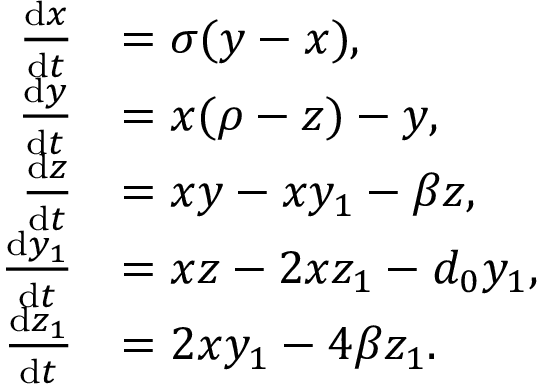
{ \begin{array} { r l } { { \frac { \mathrm { d } x } { \mathrm { d } t } } } & { = \sigma ( y - x ) , } \\ { { \frac { \mathrm { d } y } { \mathrm { d } t } } } & { = x ( \rho - z ) - y , } \\ { { \frac { \mathrm { d } z } { \mathrm { d } t } } } & { = x y - x y _ { 1 } - \beta z , } \\ { { \frac { \mathrm { d } y _ { 1 } } { \mathrm { d } t } } } & { = x z - 2 x z _ { 1 } - d _ { 0 } y _ { 1 } , } \\ { { \frac { \mathrm { d } z _ { 1 } } { \mathrm { d } t } } } & { = 2 x y _ { 1 } - 4 \beta z _ { 1 } . } \end{array} }